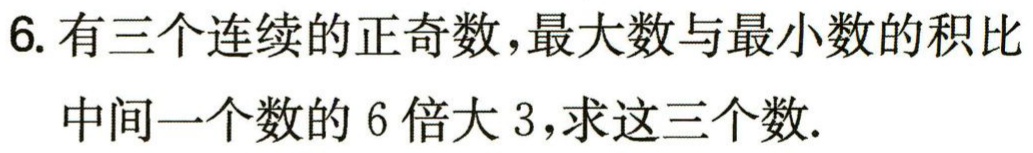
6. 有三个连续的正奇数，最大数与最小数的积比
中间一个数的 6 倍大 3，求这三个数.